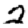
Digit: 2